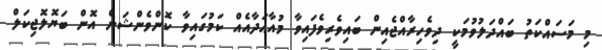
މި މަސައްކަތު ބައްދަލުވުމަކީ ދިވެހިރާއްޖެއިން ބައިވެރިވެފައިވާ މުއާޙަދާއެއް ކަމުގައިވާ ކޮންވެންޝަން އޮން ބަޔޮލޮޖިކަލް